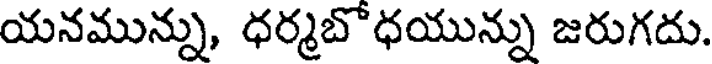
యనమున్ను, ధర్మబొధయున్ను జరుగదు.